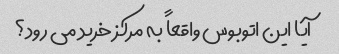
آیا این اتوبوس واقعاً به مرکز خرید می رود؟